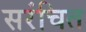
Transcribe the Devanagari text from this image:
सरंचित